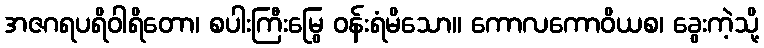
အဇဂရပရိဝါရိတော၊ စပါးကြီးမြွေ ဝန်းရံမိသော။ ကောလကောဝိယစ၊ ခွေးကဲ့သို့